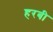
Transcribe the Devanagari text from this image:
हरबी